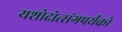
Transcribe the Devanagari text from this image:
यशोदोत्संगपर्यंको